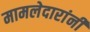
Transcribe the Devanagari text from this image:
मामलेदारांनी